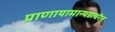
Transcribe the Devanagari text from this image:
प्राणायामान्षडाचरेत्